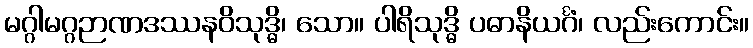
မဂ္ဂါမဂ္ဂဉာဏဒဿနဝိသုဒ္ဓိ၊ သော။ ပါရိသုဒ္ဓိ ပဓာနိယင်္ဂံ၊ လည်းကောင်း။